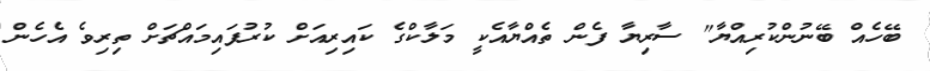
ބޭހެއް ބޭނުންކުރިއްޔާ" ސާރިޔާ ފެން ތެއްޔާއެކީ މަލާކްގެ ކައިރިއަށް ކުރުފައިމައްޗަށް ތިރިވެ އެހެން